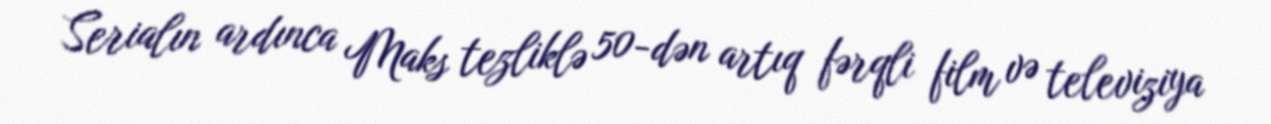
Serialın ardınca Maks tezliklə 50-dən artıq fərqli film və televiziya